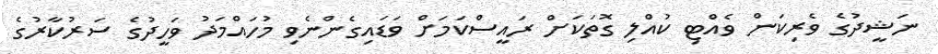
ނަޝީދުގެ ވެރިކަން ވެއްޓި ކުއްލި ގޮތަކަށް ރައީސްކަމަށް ވަޑައިގެންނެވި މުހައްމަދު ވަހީދުގެ ސަރުކާރުގެ